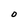
Character: O